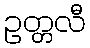
ဥတ္တလီ